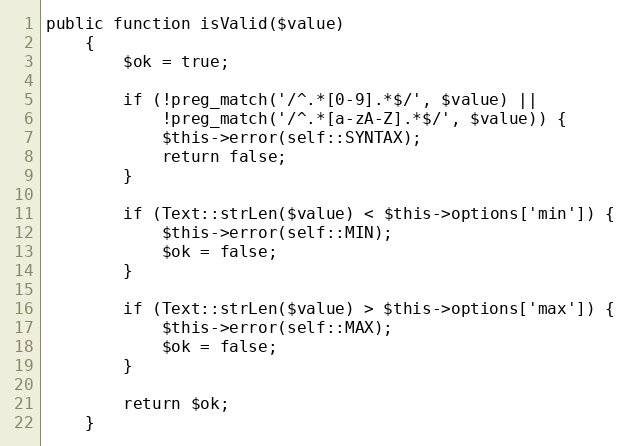
Language: PHP
public function isValid($value)
    {
        $ok = true;

        if (!preg_match('/^.*[0-9].*$/', $value) ||
            !preg_match('/^.*[a-zA-Z].*$/', $value)) {
            $this->error(self::SYNTAX);
            return false;
        }

        if (Text::strLen($value) < $this->options['min']) {
            $this->error(self::MIN);
            $ok = false;
        }

        if (Text::strLen($value) > $this->options['max']) {
            $this->error(self::MAX);
            $ok = false;
        }

        return $ok;
    }